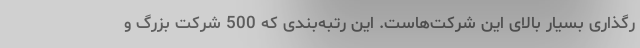
رگذاری بسیار بالای این شرکت‌هاست. این رتبه‌بندی که 500 شرکت بزرگ و